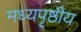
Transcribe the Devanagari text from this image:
मध्यपृष्ठीय